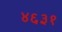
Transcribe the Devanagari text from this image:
४६३१